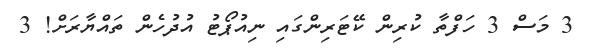
3 މަސް 3 ހަފްތާ ކުރިން ކޭޓަރިންގައި ނިއުޕޯޓު އުދުހެން ތައްޔާރަށް! 3